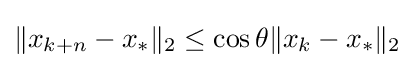
{\textstyle \|x_{k+n}-x_{*}\|_{2}\leq \cos \theta \|x_{k}-x_{*}\|_{2}}